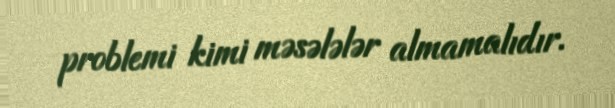
problemi kimi məsələlər almamalıdır.